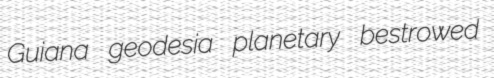
Guiana geodesia planetary bestrowed